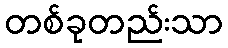
တစ်ခုတည်းသာ